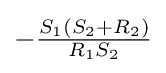
-{\tfrac {S_{1}(S_{2}+R_{2})}{R_{1}S_{2}}}